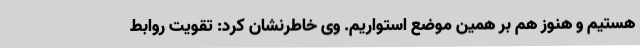
هستیم و هنوز هم بر همین موضع استواریم. وی خاطرنشان کرد: تقویت روابط